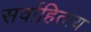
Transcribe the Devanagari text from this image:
सर्वाहिताय